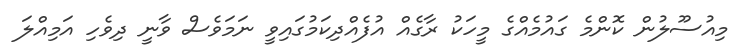
މިއުސޫލުން ކޮންމެ ގައުމެއްގެ މީހަކު ރާގެއް އުފެއްދިކަމުގައިވީ ނަމަވެސް ވާނީ ދިވެހި އަމިއްލަ